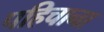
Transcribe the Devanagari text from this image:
पहिचाना